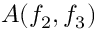
A ( f _ { 2 } , f _ { 3 } )